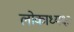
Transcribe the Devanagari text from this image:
लोकाध्यक्षः